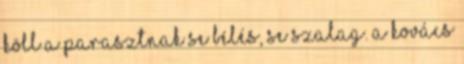
köll a parasztnak se bélés, se szalag. A kovács